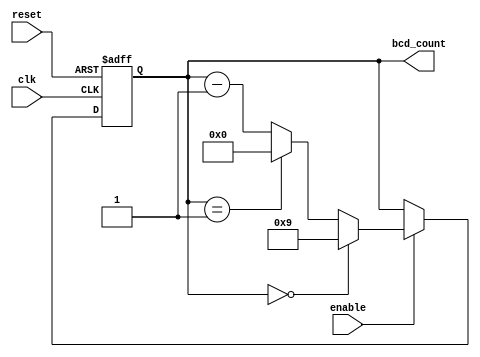
module BCD_Down_Counter_with_Enable (
    input wire clk,
    input wire reset,
    input wire enable,
    output reg [3:0] bcd_count
);

reg [3:0] bcd_count_next;

always @ (posedge clk or posedge reset) begin
    if (reset) begin
        bcd_count <= 4'b0000;
    end else begin
        if (enable) begin
            bcd_count <= bcd_count_next;
        end
    end
end

always @ (*) begin
    if (bcd_count == 4'b0000) begin
        bcd_count_next = 4'b1001;
    end else if (bcd_count == 4'b0001) begin
        bcd_count_next = 4'b0000;
    end else begin
        bcd_count_next = bcd_count - 1;
    end
end

endmodule